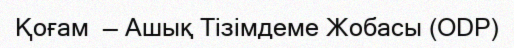
Қоғам  — Ашық Тізімдеме Жобасы (ODP)